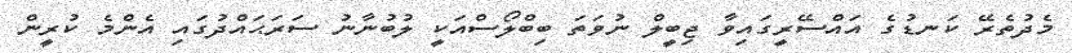
މެދުތެރޭ ކަނޑުގެ އައްސޭރީގައިވާ ޖިބީލް ނުވަތަ ބިބްލޯސްއަކީ ލުބުނާނު ސަރަޙައްދުގައި އެންމެ ކުރީން